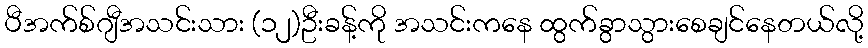
ပီအက်စ်ဂျီအသင်းသား (၁၂)ဦးခန့်ကို အသင်းကနေ ထွက်ခွာသွားစေချင်နေတယ်လို့